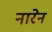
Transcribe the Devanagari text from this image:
नारेन